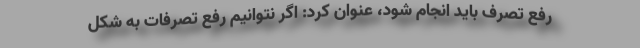
رفع تصرف باید انجام شود، عنوان کرد: اگر نتوانیم رفع تصرفات به شکل